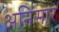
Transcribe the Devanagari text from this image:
अनिसार